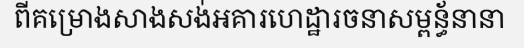
ពីគម្រោងសាងសង់អគារហេដ្ឋារចនាសម្ពន្ធ័នានា